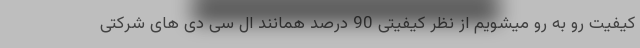
کیفیت رو به رو میشویم از نظر کیفیتی 90 درصد همانند ال سی دی های شرکتی